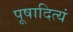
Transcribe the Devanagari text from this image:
पूषादित्यं